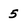
Character: 5